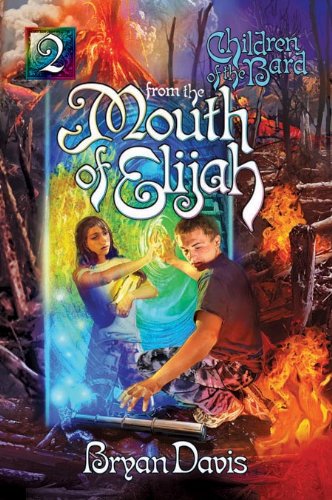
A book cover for From the Mouth of Elijah (Children of the Bard); Bryan Davis; Teen & Young Adult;